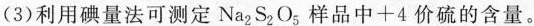
(3)利用碘量法可测定Na_{2}S_{2}O_{5}样品中+4价硫的含量。